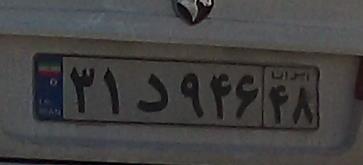
۳۱د۹۴۶۴۸